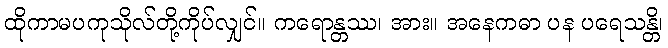
ထိုကာမပကုသိုလ်တို့ကိုပ်လျှင်။ ကရောန္တဿ၊ အား။ အနေကဓာ ပန ပရေသန္တိ၊